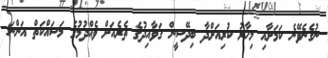
ނުގެނެވޭނެ ކަމަށާއި މިހާރު ކުރިއަށްދާ ބިދޭސީން ގަވާއިދުގެ ތެރެއަށް ވެއްދުމުގެ މަސައްކަތް އަންނަ